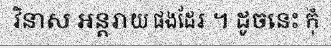
វិនាស អន្តរាយ ផងដែរ ។ ដូចនេះ កុំ